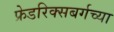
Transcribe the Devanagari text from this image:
फ्रेडरिक्सबर्गच्या